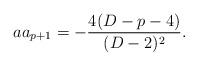
LaTeX: \begin{align*}aa_{p+1}=-{{4(D-p-4)}\over{(D-2)^2}}.\end{align*}